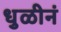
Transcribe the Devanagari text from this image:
धुळीनं